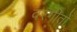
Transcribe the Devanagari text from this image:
वरगीतों